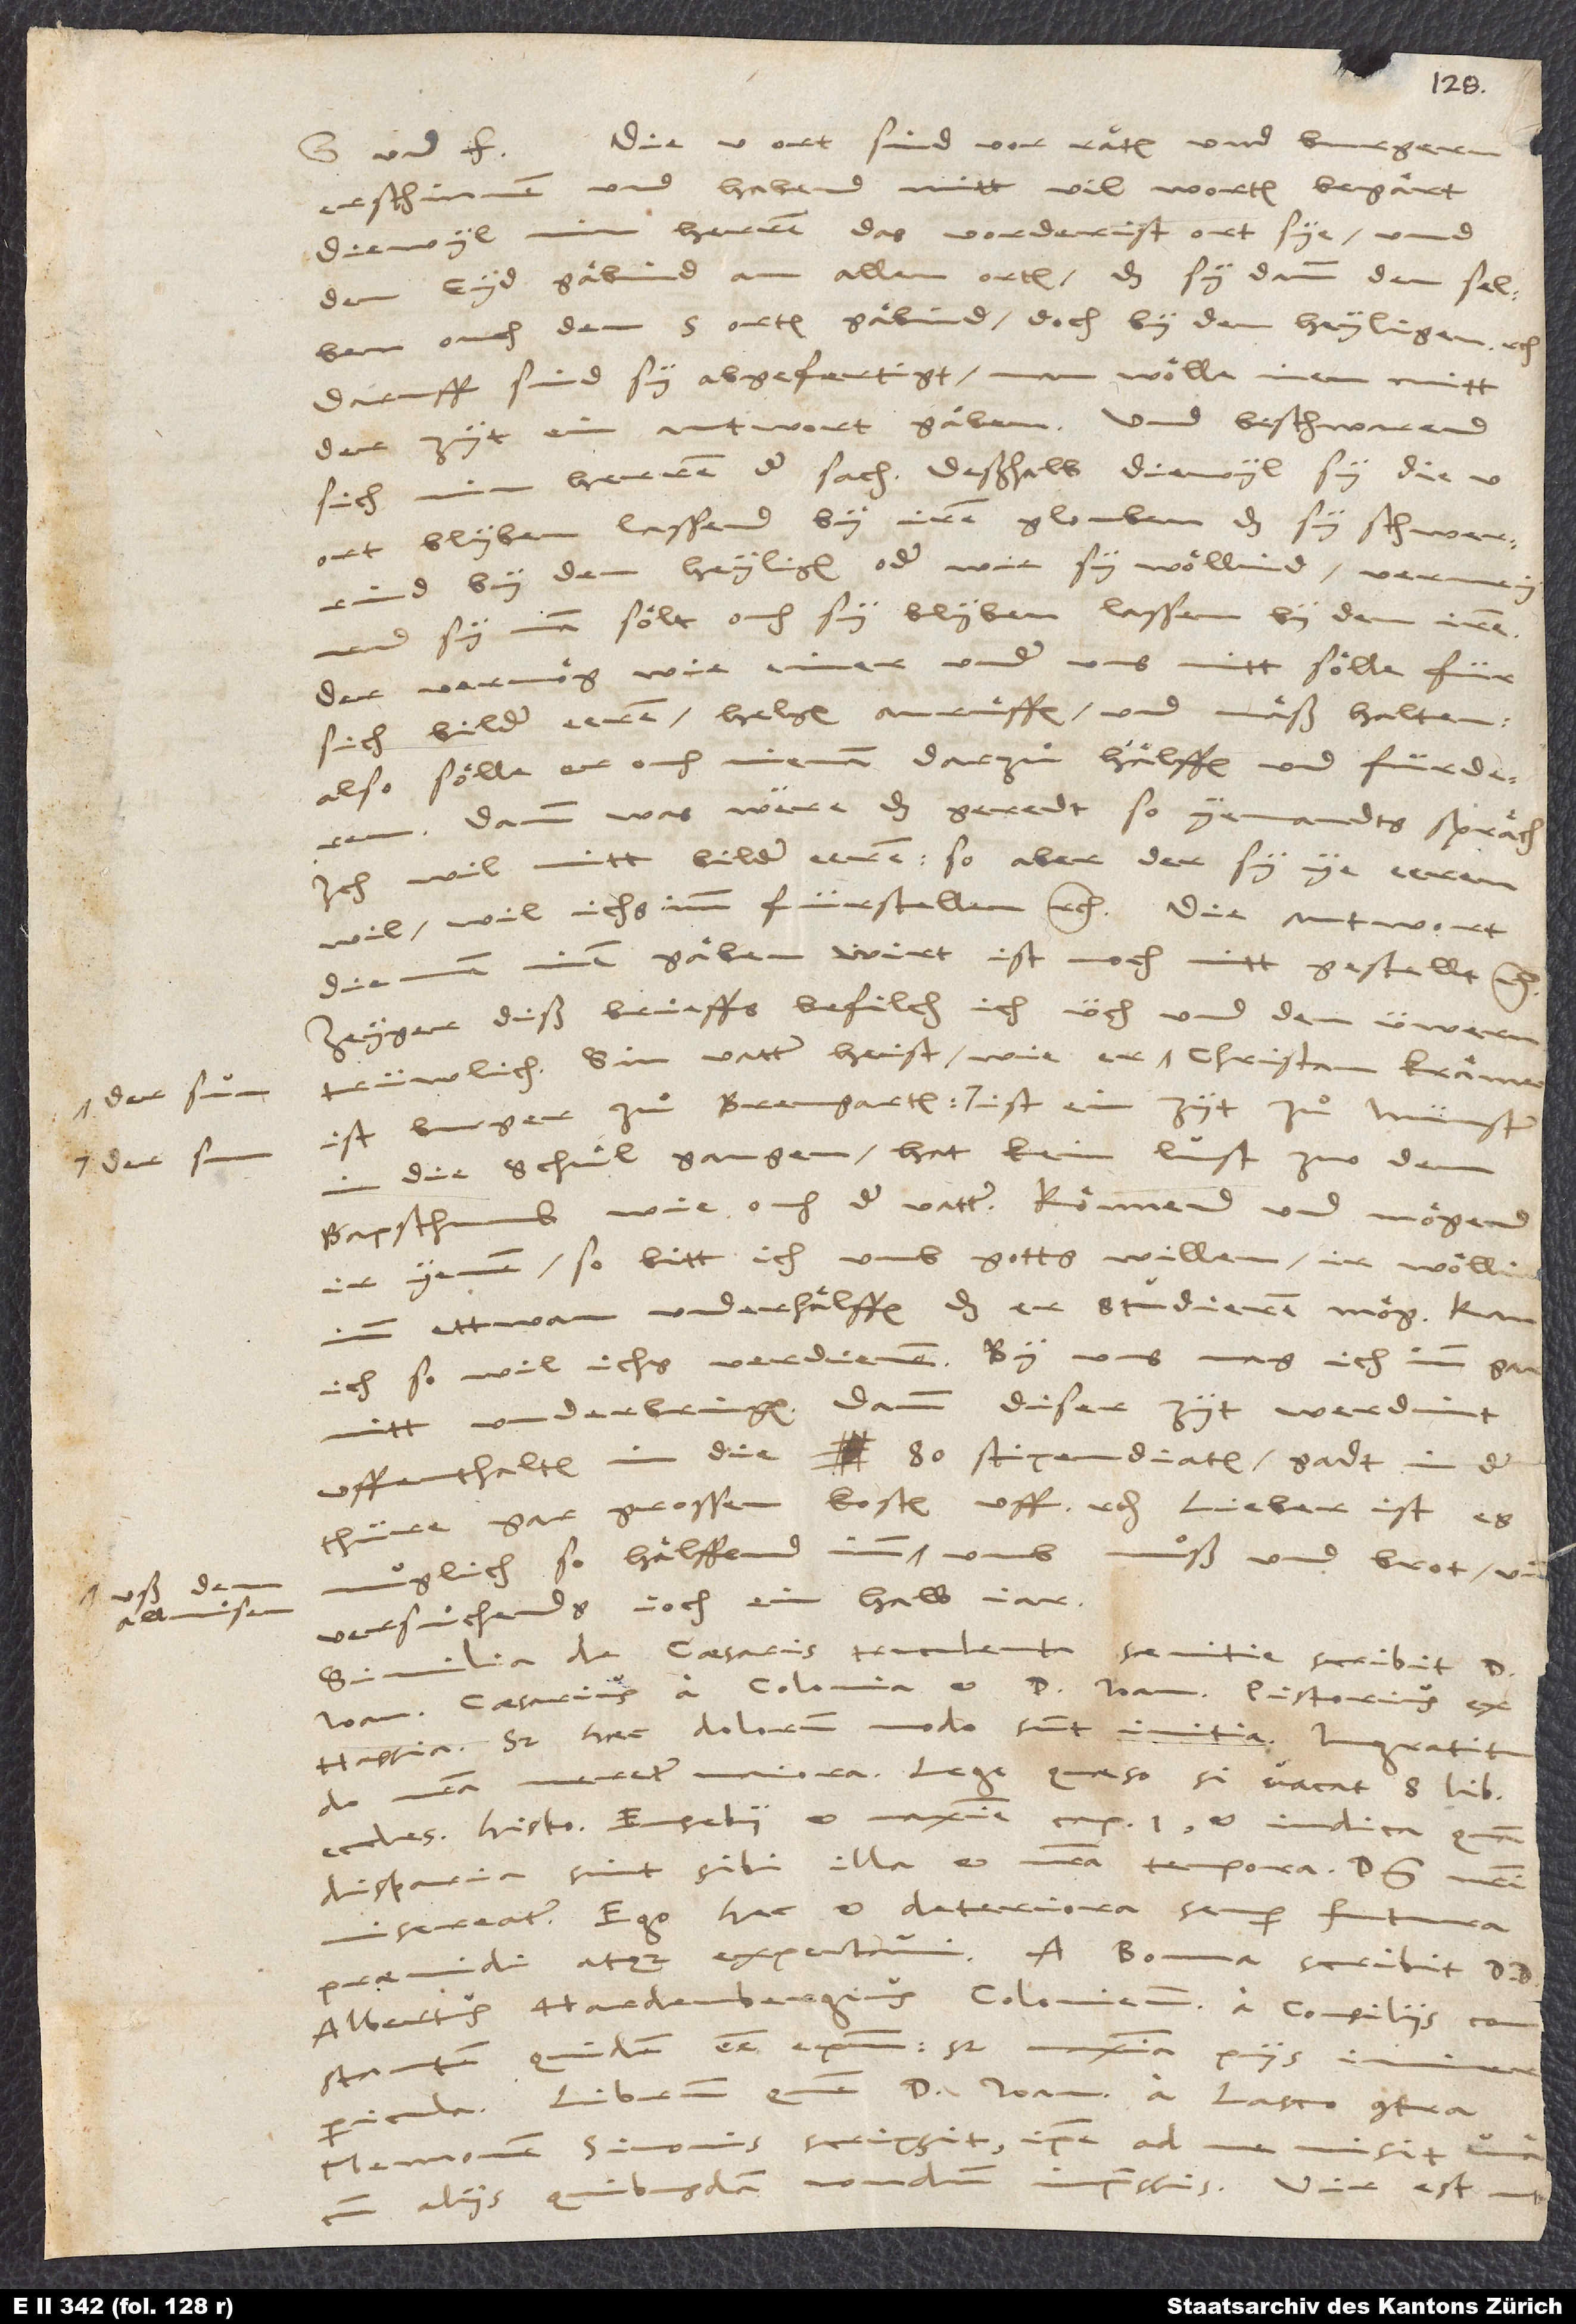
de

Die 5 ort sind vor raͤten und burgern
erschinnen und habend mitt vil worten begaͤrt,
diewyl min herren das vorderist ort sye und
den eyd gaͤbind an allen orten, das sy dann denselben
ouch den 5 orten gaͤbind, doch by den heyligen, etc.
Daruff sind sy abgefertigt, man woͤlle inen mitt
der zyt ein antwort gaͤben. Und beschwarend
sich min herren der sach deßhalb, diewyl sy die 5
ort blyben lassend by irem glouben, das sy schwerrind
by den heyligen oder wie sy woͤllind, vermeynend
sy, man soͤlt ouch sy blyben lassen by dem iren,
der vermoͤg, wie einer under uns nitt soͤlle für
sich bilder eeren, helgen anruͤffen und maͤß halten,
also soͤlle er ouch nieman darzuͦ haͤlffen und fürderen.
Dann was waͤre das geredt, so yemandts spraͤch:
„Ich wil nitt bilder eeren, so aber der sy ye eeren
wil, wil ichs imm fürstellen“, etc. Die antwort,
die man inen gaͤben wirt, ist noch nitt gestellt, etc.
Zeyger diß brieffs befilch ich üch und den üwern
trüwlich. Sin vatter heist wie er, der sun, Cristan Kraͤmer;
ist burger zuͦ Bremgarten. Der sun ist ein zyt zuͦ Münster
in die schuͦl gangen; hat kein lust zuo dem
bapsthumb wie ouch der vatter. Koͤnnend und moͤgend
yenen, so bitt ich umb gotts willen, ir woͤllind
imm ettwan underhaͤlffen, das er studieren moͤg; kan
ich, so wil ichs verdienen. By uns mag ich inn gar
nitt underbringen, dann diser zyt werdint
uffenthalten in die 80 stipendiaten; gadt in der
thüre gar grossen kosten uff, etc. Lieber, ist es
muglich, so haͤlffend imm uß dem allmuͦsen umb muͦß und brot und
versuͦchends joch ein halb jar.
Similia de caesaris truculenta saevitie scribit d.
Ioannes Caesarius a Colonia et d. Ioannes Pistorius ex
Hassia. Sed haec dolorum modo sunt initia; ingratitudo
nostra meretur maiora. Lege, quaeso, si vacat, 8. librum
Ecclesiasticae historiae Eusebii et maxime caput 1. et iudica, quam
disparia sint sibi illa et nostra tempora. Dominus nostri
misereatur. Ego haec et deteriora semper futura
Albertus Hardenbergius, Coloniensis a consiliis,
constantem quidem esse episcopum; sed maxima piis
Librum, quem d. Ioannes a Lasco contra
Mennonem Simonis scripsit, ipse ad me misit
cum aliis quibusdam nondum impressis. Vir est